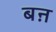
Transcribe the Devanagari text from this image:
बऩ